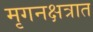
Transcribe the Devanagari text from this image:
मृगनक्षत्रात